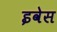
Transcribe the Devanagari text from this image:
इवेस